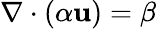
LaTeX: \nabla\cdot\left(\alpha\mathbf{u}\right)=\beta